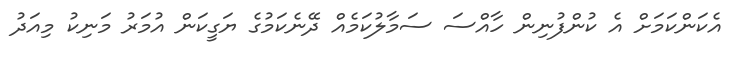
އެކަންކަމަށް އެ ކުންފުނިން ހާއްސަ ސަމާލުކަމެއް ދޭނެކަމުގެ ޔަގީކަން އުމަރު މަނިކު މިއަދު